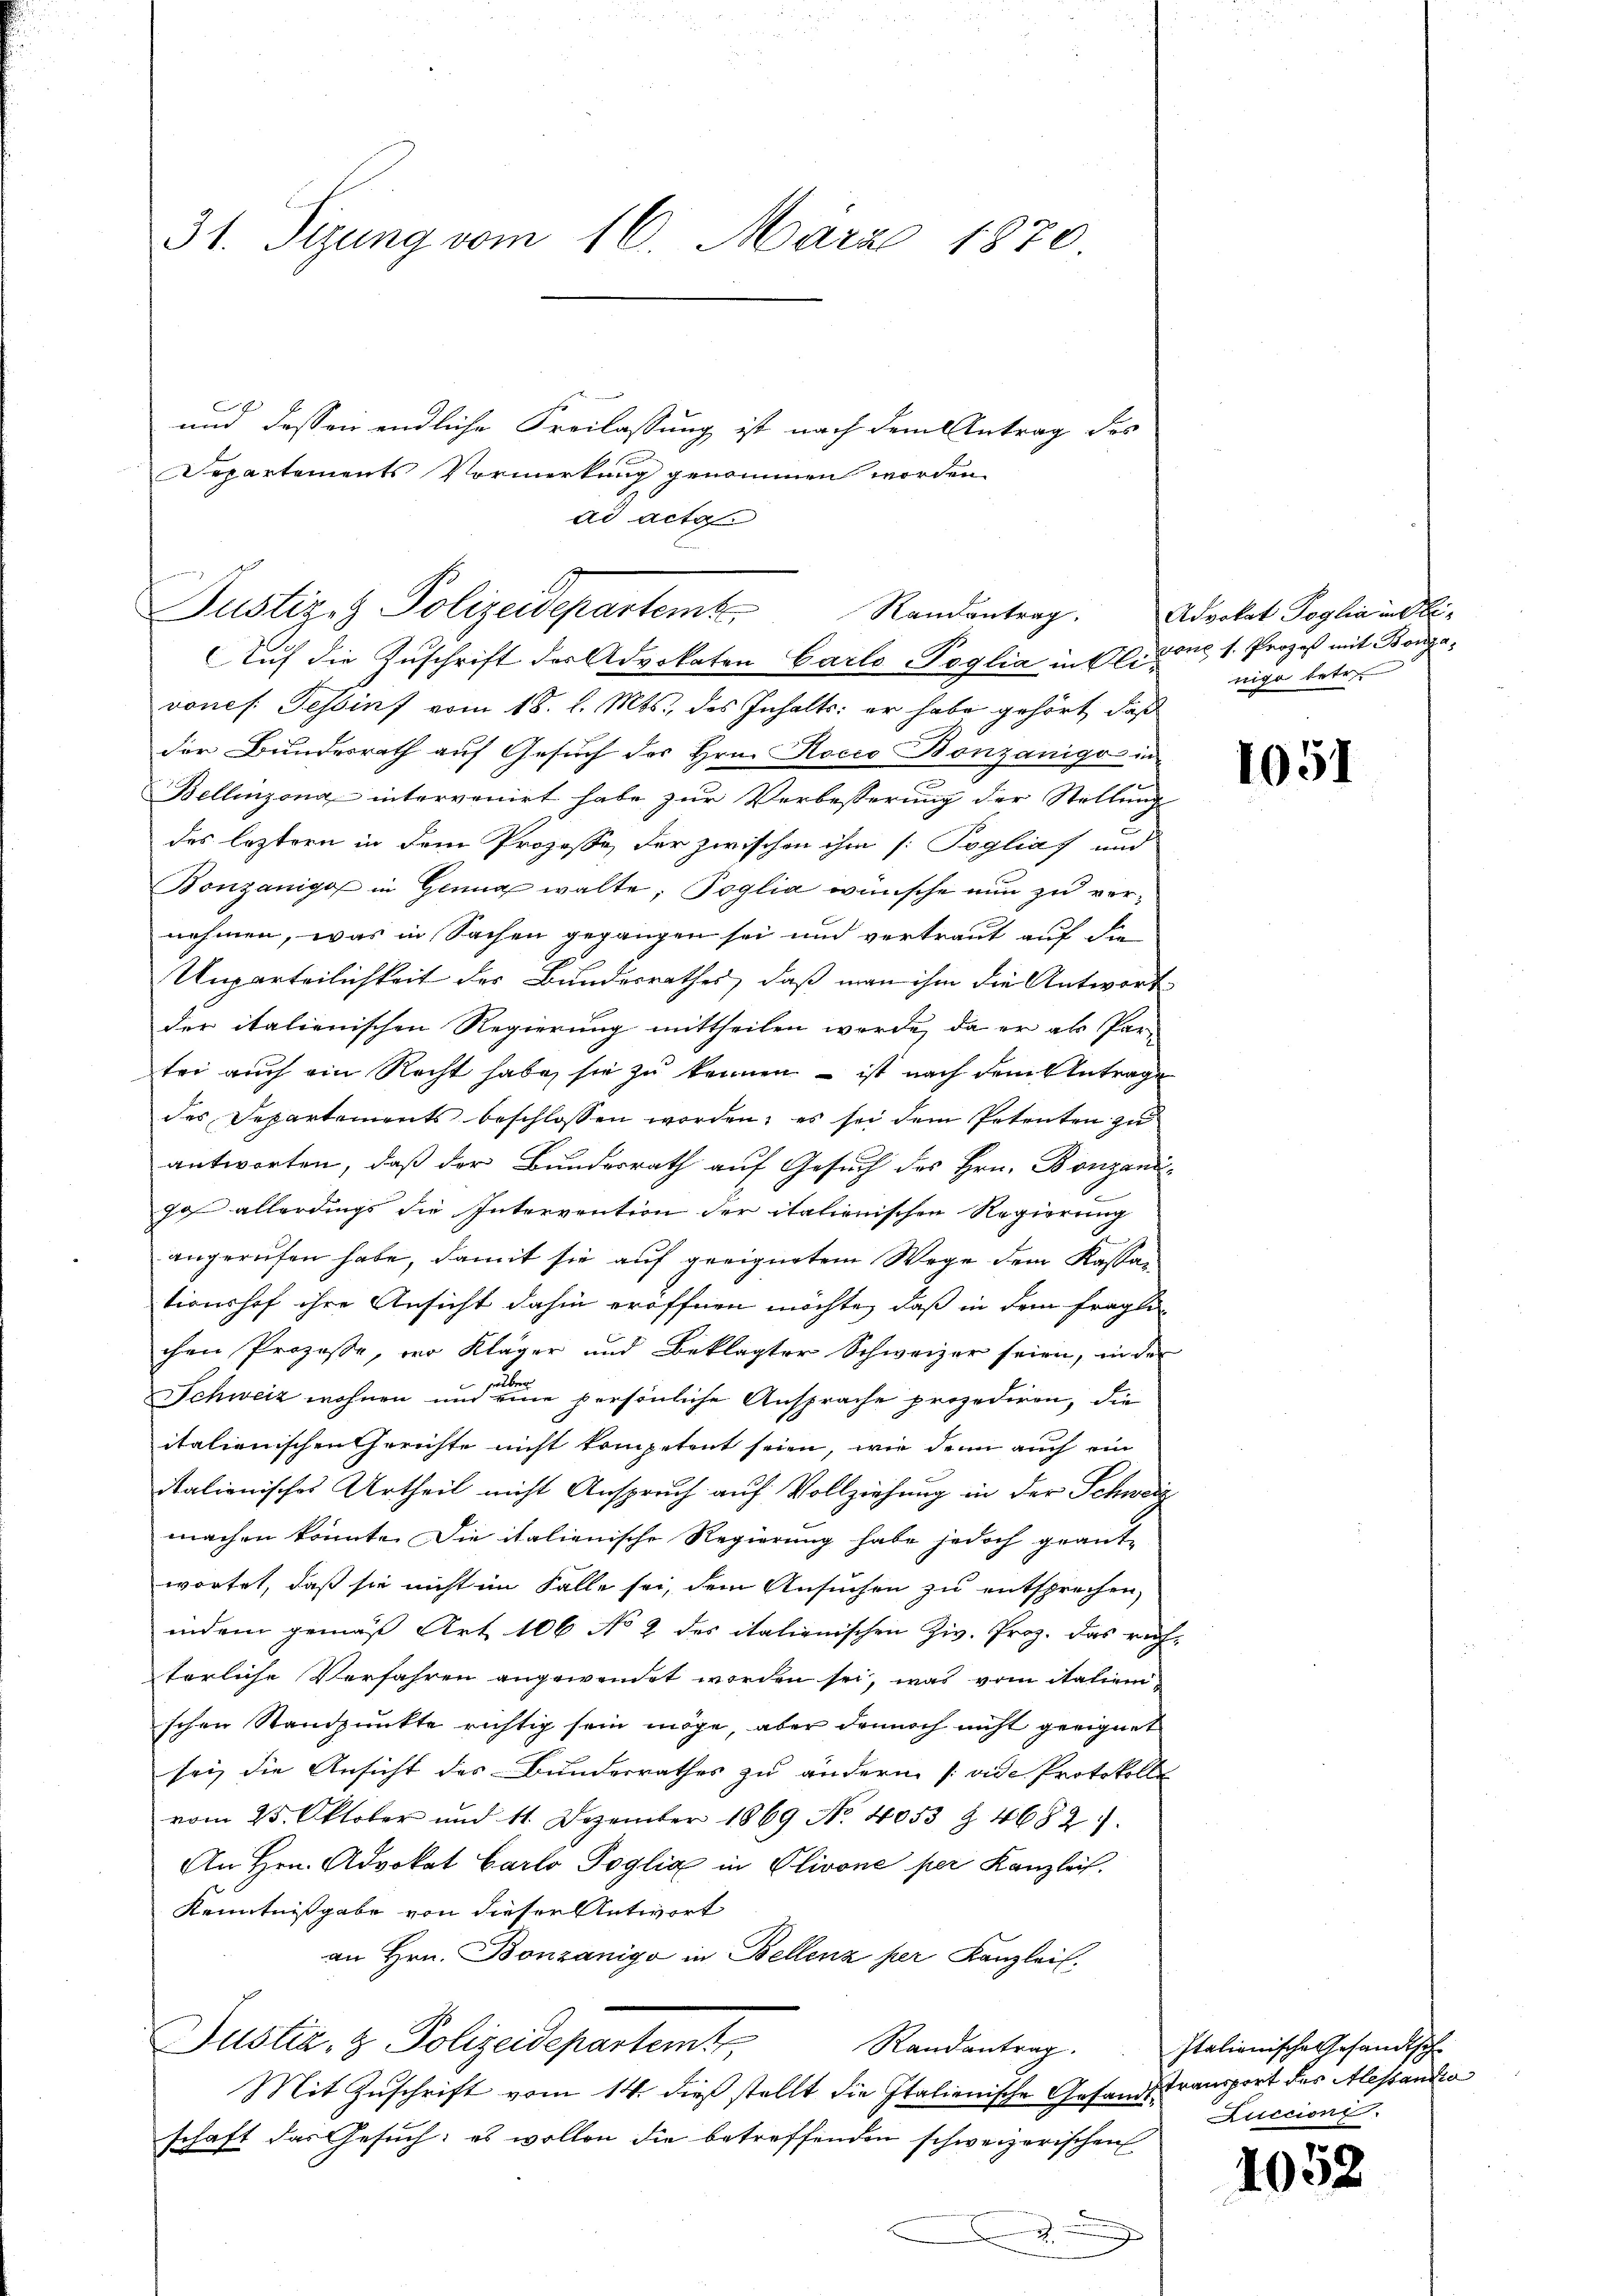
31. Sizung vom 16. März 1870

Justiz & Polizeidepartem Randentrag.
Auf die Zuschrift der Advokaten Carlo oglia in Oli

und dessen endliche Freilassung ist nach dem Antrag des
Departements Vormerkung genommen worden.
ad acta

vones Tessins vom 18. l. Mts. des Inhalts: er habe gehört, daß
der Bundesrath auf Gesuch des Hrn. Kocco Bonzanigo in
Bellinzona intervenirt habe zur Verbesserung der Stellung
des leztern in dem Prozesse, der zwischon ihm /: Poglia und
Bonzanige in Genug walte; Poglia wünsche nun zu vernehmen, was in Sachen gegangen sei und vertraut auf die
Unparteilichkeit des Bundesrathes, daß man ihm die Antwort
der italienischen Regierung mittheilen worde, da er als Par-
tei auch ein Recht habe, sie zu können – ist nach dem Antrage
des Departements beschlossen worden; es sei dem Petenten zu
antworten, daß der Bundesrath auf Gesuch des Hrn. Bonzaniga allerdings die Intervention der italienischen Regierung
angerufen habe, damit sie auf geeignetem Wege dem Kassai
tionshof ihre Ansicht dahin eröffnen möchte, daß in dem fragli
chen Prozesse, wo Kläger und Beklagter Schweizer seien, in der
2.
Schweiz wohnen und eine persönliche Ansprache prozediren, die
italienischen Gerichte nicht kompetent seien, wie denn auch ein
italienisches Urtheil nicht Anspruch auf Vollziehung in der Schweiz
machen könnte. Die italienische Regierung habe jedoch geantwortet, daß sie nicht im Falle sei, dem Ansuchen zu entsprechen,
indem gemäß Art. 106 No 2 des italienischen Ziv. Proz. das rich-
terliche Verfahren angewendet worden sei, was vom italienischen Standpunkte richtig sein möge, aber dennoch nicht geeignet
sei, die Ansicht des Bunderrathes zu andern (vide Protokolls
vom 25. Oktober und 11. Dezember 1869 No. 4053 & 4682).
An Hrn. Advokat Carlo Poglia in Olivone per Kanzlei
Kenntnißgabe von dieser Antwort
an Hrn. Bonzanigo in Bellenz per Kanzlei.
Justiz- & Polizeidepartem Randantrag.
Mit Zuschrift vom 14. dieß stellt die Italienische Gesandtschaft das Gesuch: es wollen die betreffenden schweizerischen

Advokat Poglia indivone s. Prozeß mit Bonza,
nige betr.

1051

Italianische Gesandtsche
Transport des Alessansto
Riccione.

1052